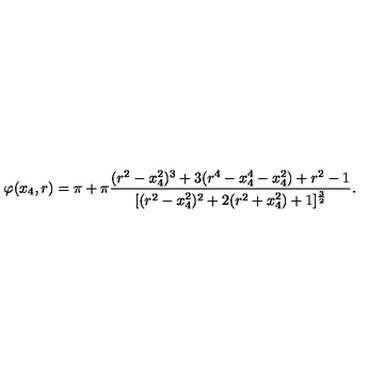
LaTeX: \varphi ( x _ { 4 } , r ) = \pi + \pi { \frac { ( r ^ { 2 } - x _ { 4 } ^ { 2 } ) ^ { 3 } + 3 ( r ^ { 4 } - x _ { 4 } ^ { 4 } - x _ { 4 } ^ { 2 } ) + r ^ { 2 } - 1 } { [ ( r ^ { 2 } - x _ { 4 } ^ { 2 } ) ^ { 2 } + 2 ( r ^ { 2 } + x _ { 4 } ^ { 2 } ) + 1 ] ^ { \frac { 3 } { 2 } } } } .